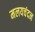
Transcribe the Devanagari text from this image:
मलयचंदन